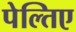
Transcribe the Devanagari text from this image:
पेल्तिए